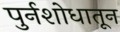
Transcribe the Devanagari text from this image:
पुर्नशोधातून